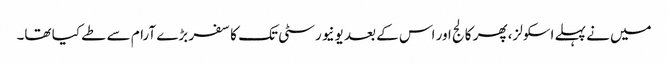
میں نے پہلے اسکولز، پھر کالج اور اس کے بعد یونیورسٹی تک کا سفر بڑے آرام سے طے کیا تھا۔